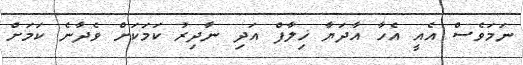
ނަމަވެސް އެއީ އެހާ އާދަޔާ ޚިލާފް އަދި ނާދިރު ކަމަކަށް ވެދާނެ ކަމަށް